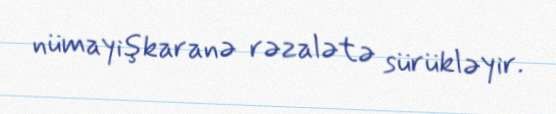
nümayişkaranə rəzalətə sürükləyir.